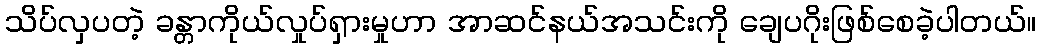
သိပ်လှပတဲ့ ခန္တာကိုယ်လှုပ်ရှားမှုဟာ အာဆင်နယ်အသင်းကို ချေပဂိုးဖြစ်စေခဲ့ပါတယ်။